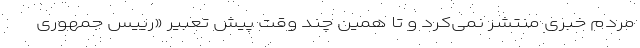
مردم خبری منتشر نمی‌کرد و تا همین چند وقت پیش تعبیر «رییس جمهوری